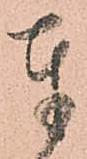
奉